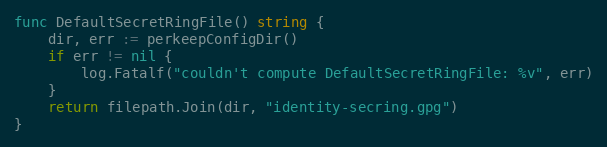
Language: Go
func DefaultSecretRingFile() string {
	dir, err := perkeepConfigDir()
	if err != nil {
		log.Fatalf("couldn't compute DefaultSecretRingFile: %v", err)
	}
	return filepath.Join(dir, "identity-secring.gpg")
}